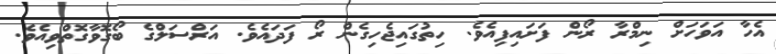
އެހާ އަވަހަށް ނިމްރާ ރޯން ފަށައިފިއެވެ. ހިތުގައިޖެހިގެން ރޯ ފަދައެވެ. އަރްސަލްގެ ބޯގޮވާގޮތްވިއެވެ.